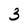
Character: 3